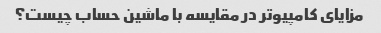
مزایای کامپیوتر در مقایسه با ماشین حساب چیست؟